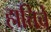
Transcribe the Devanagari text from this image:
हात्तिचे